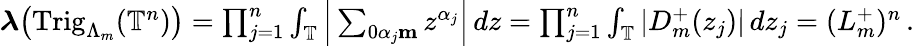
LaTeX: \begin{array}{r}{\boldsymbol{\lambda}\big(\mathrm{Trig}_{\Lambda_{m}}(\mathbb{T}^{n})\big)=\prod_{j=1}^{n}\int_{\mathbb{T}}\Big|\sum_{0\le\alpha_{j}\le m}z^{\alpha_{j}}\Big|\, dz=\prod_{j=1}^{n}\int_{\mathbb{T}}|D_{m}^{+}(z_{j})|\, dz_{j}=(L_{m}^{+})^{n}\, .}\end{array}